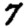
Digit: 7